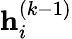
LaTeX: \textbf{h}_{i}^{(k-1)}